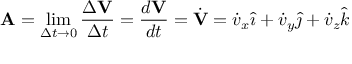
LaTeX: \mathbf { A } = \operatorname* { l i m } _ { \Delta t \rightarrow 0 } { \frac { \Delta \mathbf { V } } { \Delta t } } = { \frac { d \mathbf { V } } { d t } } = { \dot { \mathbf { V } } } = { \dot { v } } _ { x } { \hat { \imath } } + { \dot { v } } _ { y } { \hat { \jmath } } + { \dot { v } } _ { z } { \hat { k } }